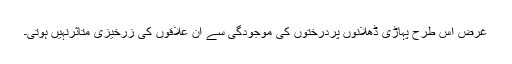
غرض اس طرح پہاڑی ڈھلانوں پردرختوں کی موجودگی سے ان علاقوں کی زرخیزی متاثرنہیں ہوتی۔